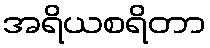
အရိယစရိတာ